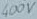
Text: 400V